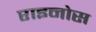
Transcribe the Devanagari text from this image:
राइनोस